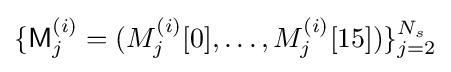
\{{\textsf {M}}_{j}^{(i)}=(M_{j}^{(i)}[0],\ldots ,M_{j}^{(i)}[15])\}_{j=2}^{N_{s}}